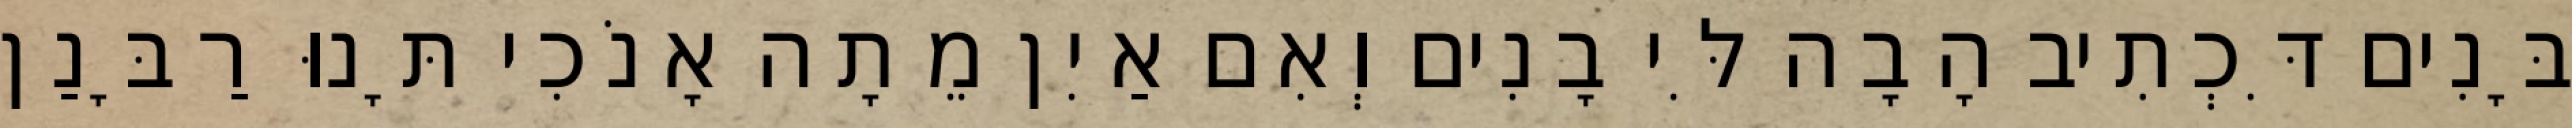
בָּנִים דִּכְתִיב הָבָה לִּי בָנִים וְאִם אַיִן מֵתָה אָנֹכִי תָּנוּ רַבָּנַן